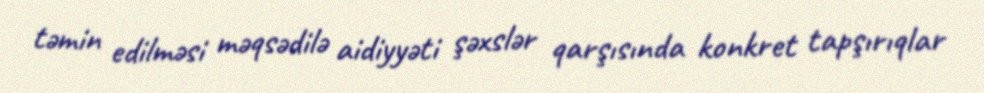
təmin edilməsi məqsədilə aidiyyəti şəxslər qarşısında konkret tapşırıqlar